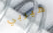
هيربي